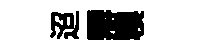
迢辯糗